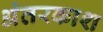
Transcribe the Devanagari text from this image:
अंतरकाश